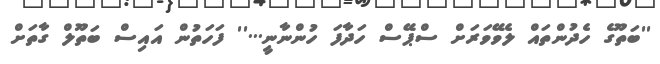
''ބަތޫގެ ހެދުންތައް ލެވޭވަރަށް ސްޕޭސް ހަދާފަ ހުންނާނީ...'' ފަހަތުން އައިސް ބަތޫލް ގާތަށް